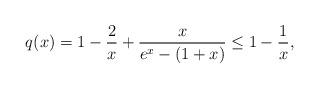
LaTeX: \begin{align*}q(x)= 1-\frac{2}{x}+ \frac{x}{e^x - (1+x)} \leq 1-\frac{1}{x},\end{align*}